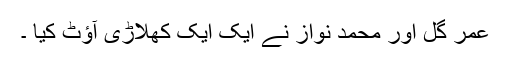
عمر گُل اور محمد نواز نے ایک ایک کھلاڑی آؤٹ کیا ۔